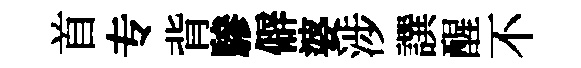
首专背驂僻婆涉譔醒不